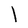
Character: l